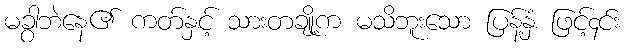
မခွါဘဲနေ၏ ကတ်နှင့် သားတချို့က မသိဘူးသော ပြန့်နှံ ဖြင့်၄င်း